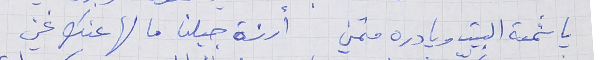
يا شمعة البيت ويا دره متمني     ارزة جبلنا ما لها عنك غني